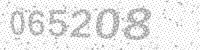
Solution: 065208